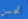
تحسن